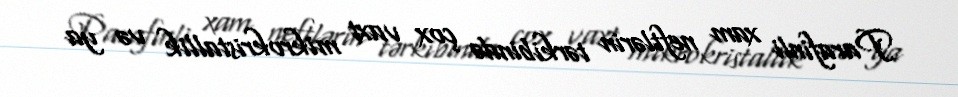
Parafinli xam neftlərin tərkibində çox vaxt mikrokristallik və ya